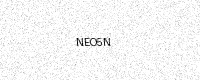
Text: NEO5N